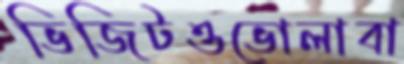
ভিজিটওভোলাবা